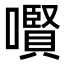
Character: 㘋